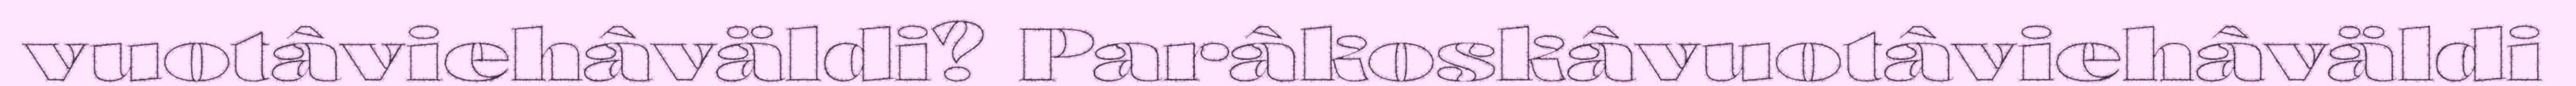
vuotâviehâväldi? Parâkoskâvuotâviehâväldi